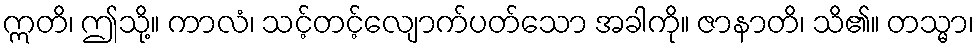
ဣတိ၊ ဤသို့။ ကာလံ၊ သင့်တင့်လျောက်ပတ်သော အခါကို။ ဇာနာတိ၊ သိ၏။ တသ္မာ၊